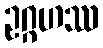
ဥဂ္ဂဟဿ